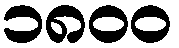
၁၈၀၀